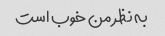
به نظر من خوب است